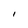
Character: I